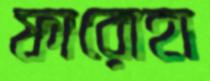
ফারোহা